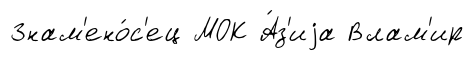
Знам'ено́с'ец МОК А́з'иjа Влам'ир